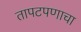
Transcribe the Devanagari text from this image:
तापटपणाचा